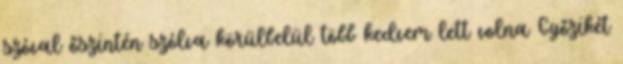
szóval őszintén szólva körülbelül több kedvem lett volna Győzikét